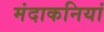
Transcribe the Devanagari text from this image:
मंदाकनियां